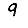
Digit: 9